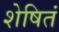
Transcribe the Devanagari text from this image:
शेषितं